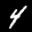
Label: 4